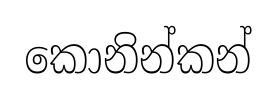
කොනින්කන්